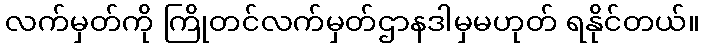
လက်မှတ်ကို ကြိုတင်လက်မှတ်ဌာနဒါမှမဟုတ် ရနိုင်တယ်။